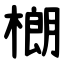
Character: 樃